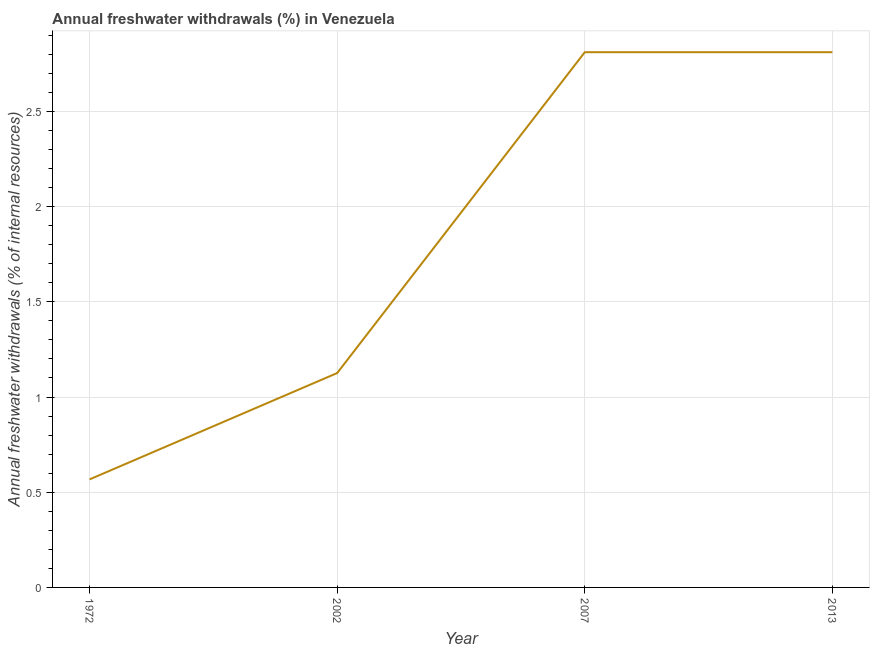
| Year | Annual freshwater withdrawals |
 | --- | --- |
 | 1972 | 0.568 |
 | 2002 | 1.13 |
 | 2007 | 2.81 |
 | 2013 | 2.81 |